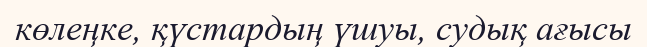
көлеңке, қүстардың үшуы, судық ағысы